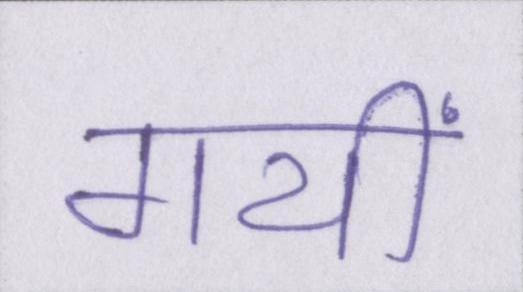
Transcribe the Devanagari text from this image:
गयीं